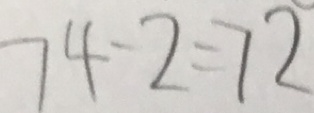
7 4 - 2 = 7 2